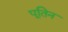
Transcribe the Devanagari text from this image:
पूतिन